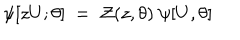
LaTeX: \psi [ z U ; \theta ] ~ = ~ { \cal Z } ( z , \theta ) ~ \psi [ U , \theta ]